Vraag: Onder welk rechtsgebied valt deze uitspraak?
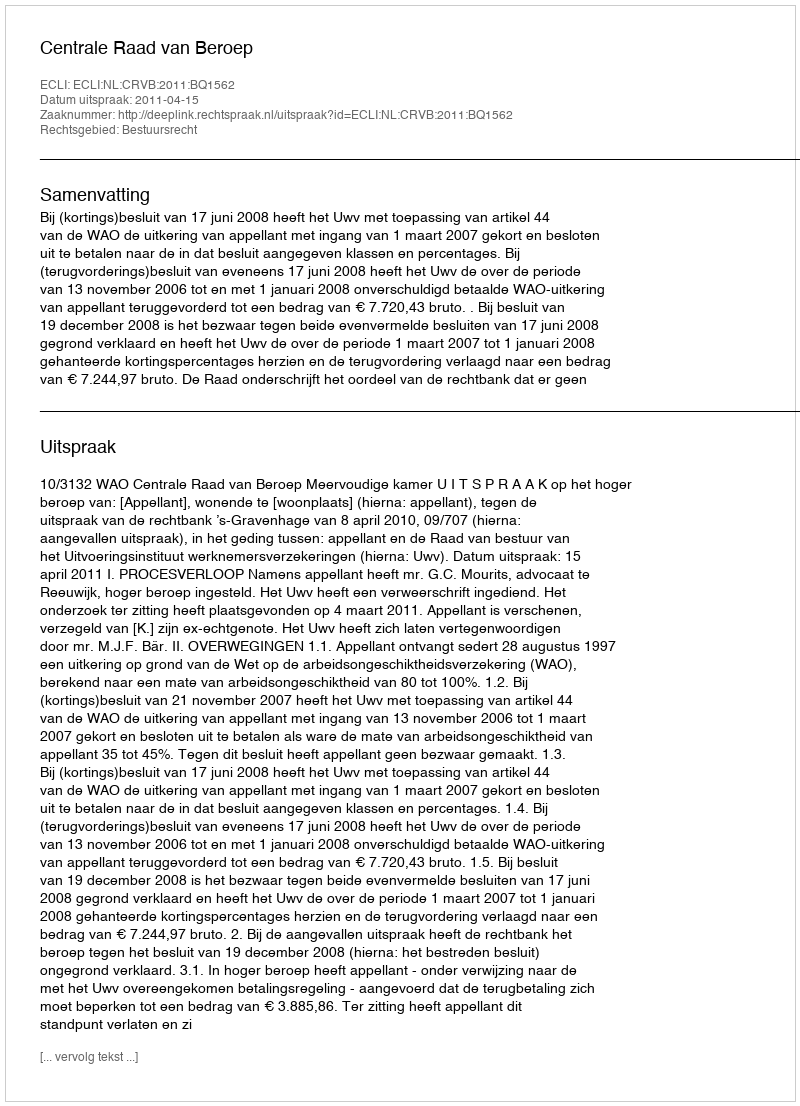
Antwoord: Bestuursrecht